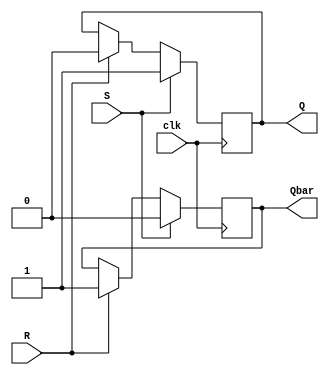
module SR_flipflop (
    input S,  // Set input
    input R,  // Reset input
    input clk,  // Clock input
    output reg Q,  // Output Q
    output reg Qbar  // Output Q' (complement of Q)
);

always @(posedge clk) begin
    if (S) begin
        Q <= 1;
        Qbar <= 0;
    end else if (R) begin
        Q <= 0;
        Qbar <= 1;
    end
end

endmodule